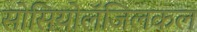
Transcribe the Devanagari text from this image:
सोसियोलॅजिलकल